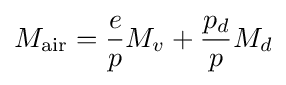
M_{\text{air}}={\frac {e}{p}}M_{v}+{\frac {p_{d}}{p}}M_{d}